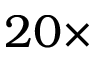
2 0 \times